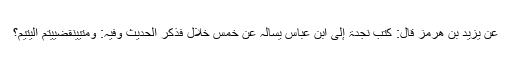
عَنْ یَزِیْدَ بْنِ ھُرْمُزَ قَالَ: کَتَبَ نَجْدَۃُ إِلَی ابْنِ عَبَّاسٍ یَسْأَلُہُ عَنْ خَمْسِ خِلَالٍ فَذَکَرَ الْحَدِیْثَ وَفِیْہِ: وَمَتٰییَنْقَضِییُتْمُ الْیَتِیْمِ؟